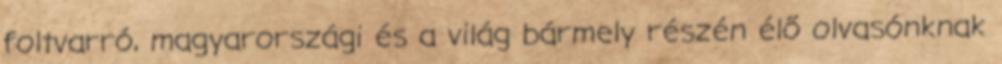
foltvarró, magyarországi és a világ bármely részén élő olvasónknak